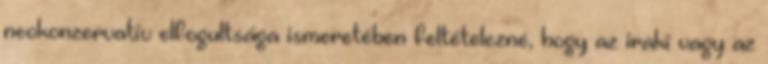
neokonzervatív elfogultsága ismeretében feltételezné, hogy az iraki vagy az